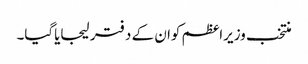
منتخب وزیراعظم کوان کے دفتر لیجایاگیا۔